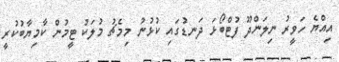
އިއްޔެ ހަވީރު ނިލަންދޫ ފުޓްބޯޅަ ދަނޑުގައި ކުޅުނު މިމެޗު މުލަކު ޓީމުން ކާމިޔާބުކުރީ